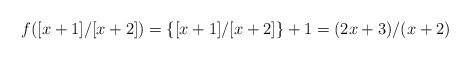
\begin{align*} f([x+1]/[x+2])=\{[x+1]/[x+2]\}+1=(2x+3)/(x+2) \end{align*}